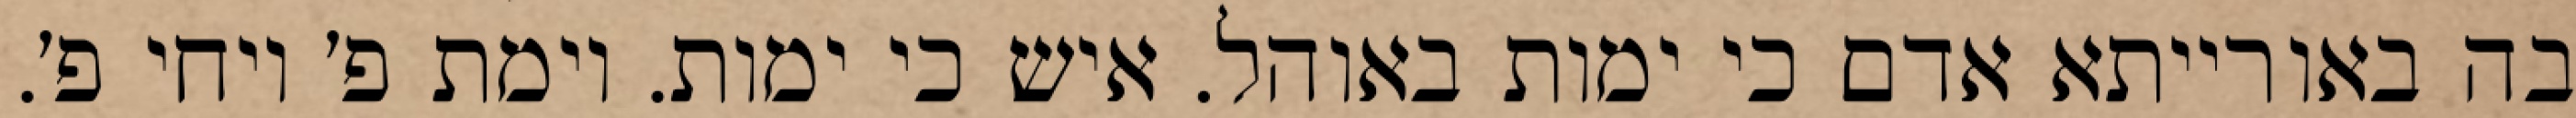
בה באורייתא אדם כי ימות באוהל. איש כי ימות. וימת פ׳ ויחי פ׳.